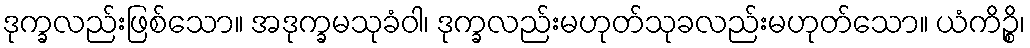
ဒုက္ခလည်းဖြစ်သော။ အဒုက္ခမသုခံဝါ၊ ဒုက္ခလည်းမဟုတ်သုခလည်းမဟုတ်သော။ ယံကိဉ္စိ၊